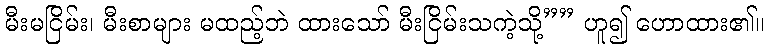
မီးမငြိမ်း၊ မီးစာများ မထည့်ဘဲ ထားသော် မီးငြိမ်းသကဲ့သို့”” ဟူ၍ ဟောထား၏။